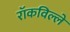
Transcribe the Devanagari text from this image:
रॉकविल्ले